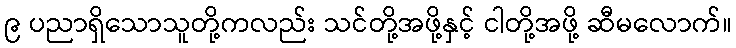
၉ ပညာရှိသောသူတို့ကလည်း သင်တို့အဖို့နှင့် ငါတို့အဖို့ ဆီမလောက်။